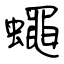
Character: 蠅